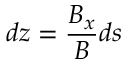
d z = \frac { B _ { x } } { B } d s